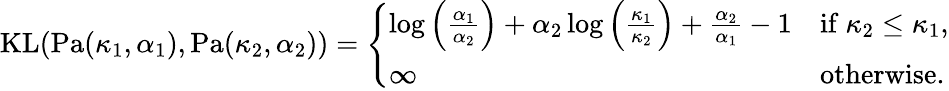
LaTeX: \begin{array}{r}{\mathrm{KL}(\mathrm{Pa}(\kappa_{1},\alpha_{1}),\mathrm{Pa}(\kappa_{2},\alpha_{2}))=\left\{ \begin{array}{ll}{\log\left(\frac{\alpha_{1}}{\alpha_{2}}\right)+\alpha_{2}\log\left(\frac{\kappa_{1}}{\kappa_{2}}\right)+\frac{\alpha_{2}}{\alpha_{1}}-1}&{\mathrm{if~}\kappa_{2}\leq\kappa_{1},}\\ {\infty}&{\mathrm{otherwise}.}\end{array}\right.}\end{array}